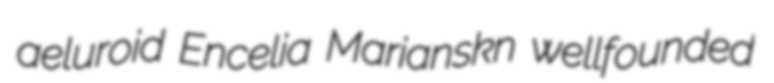
aeluroid Encelia Marianskn wellfounded